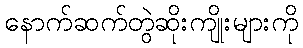
နောက်ဆက်တွဲဆိုးကျိုးများကို